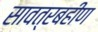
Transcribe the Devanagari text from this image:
सावत्रबहीण